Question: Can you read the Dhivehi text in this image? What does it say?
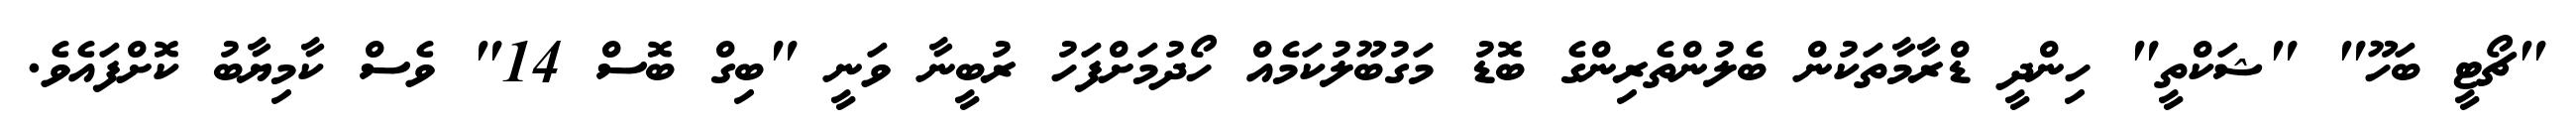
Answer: "ޗޯޓީ ބަހޫ" "ޝަކްތީ" ހިންދީ ޑްރާމާތަކުން ބެލުންތެރިންގެ ބޮޑު މަގުބޫލުކަމެއް ހޯދުމަށްފަހު ރުބީނާ ވަނީ "ބިގް ބޮސް 14" ވެސް ކާމިޔާބު ކޮށްފައެވެ.